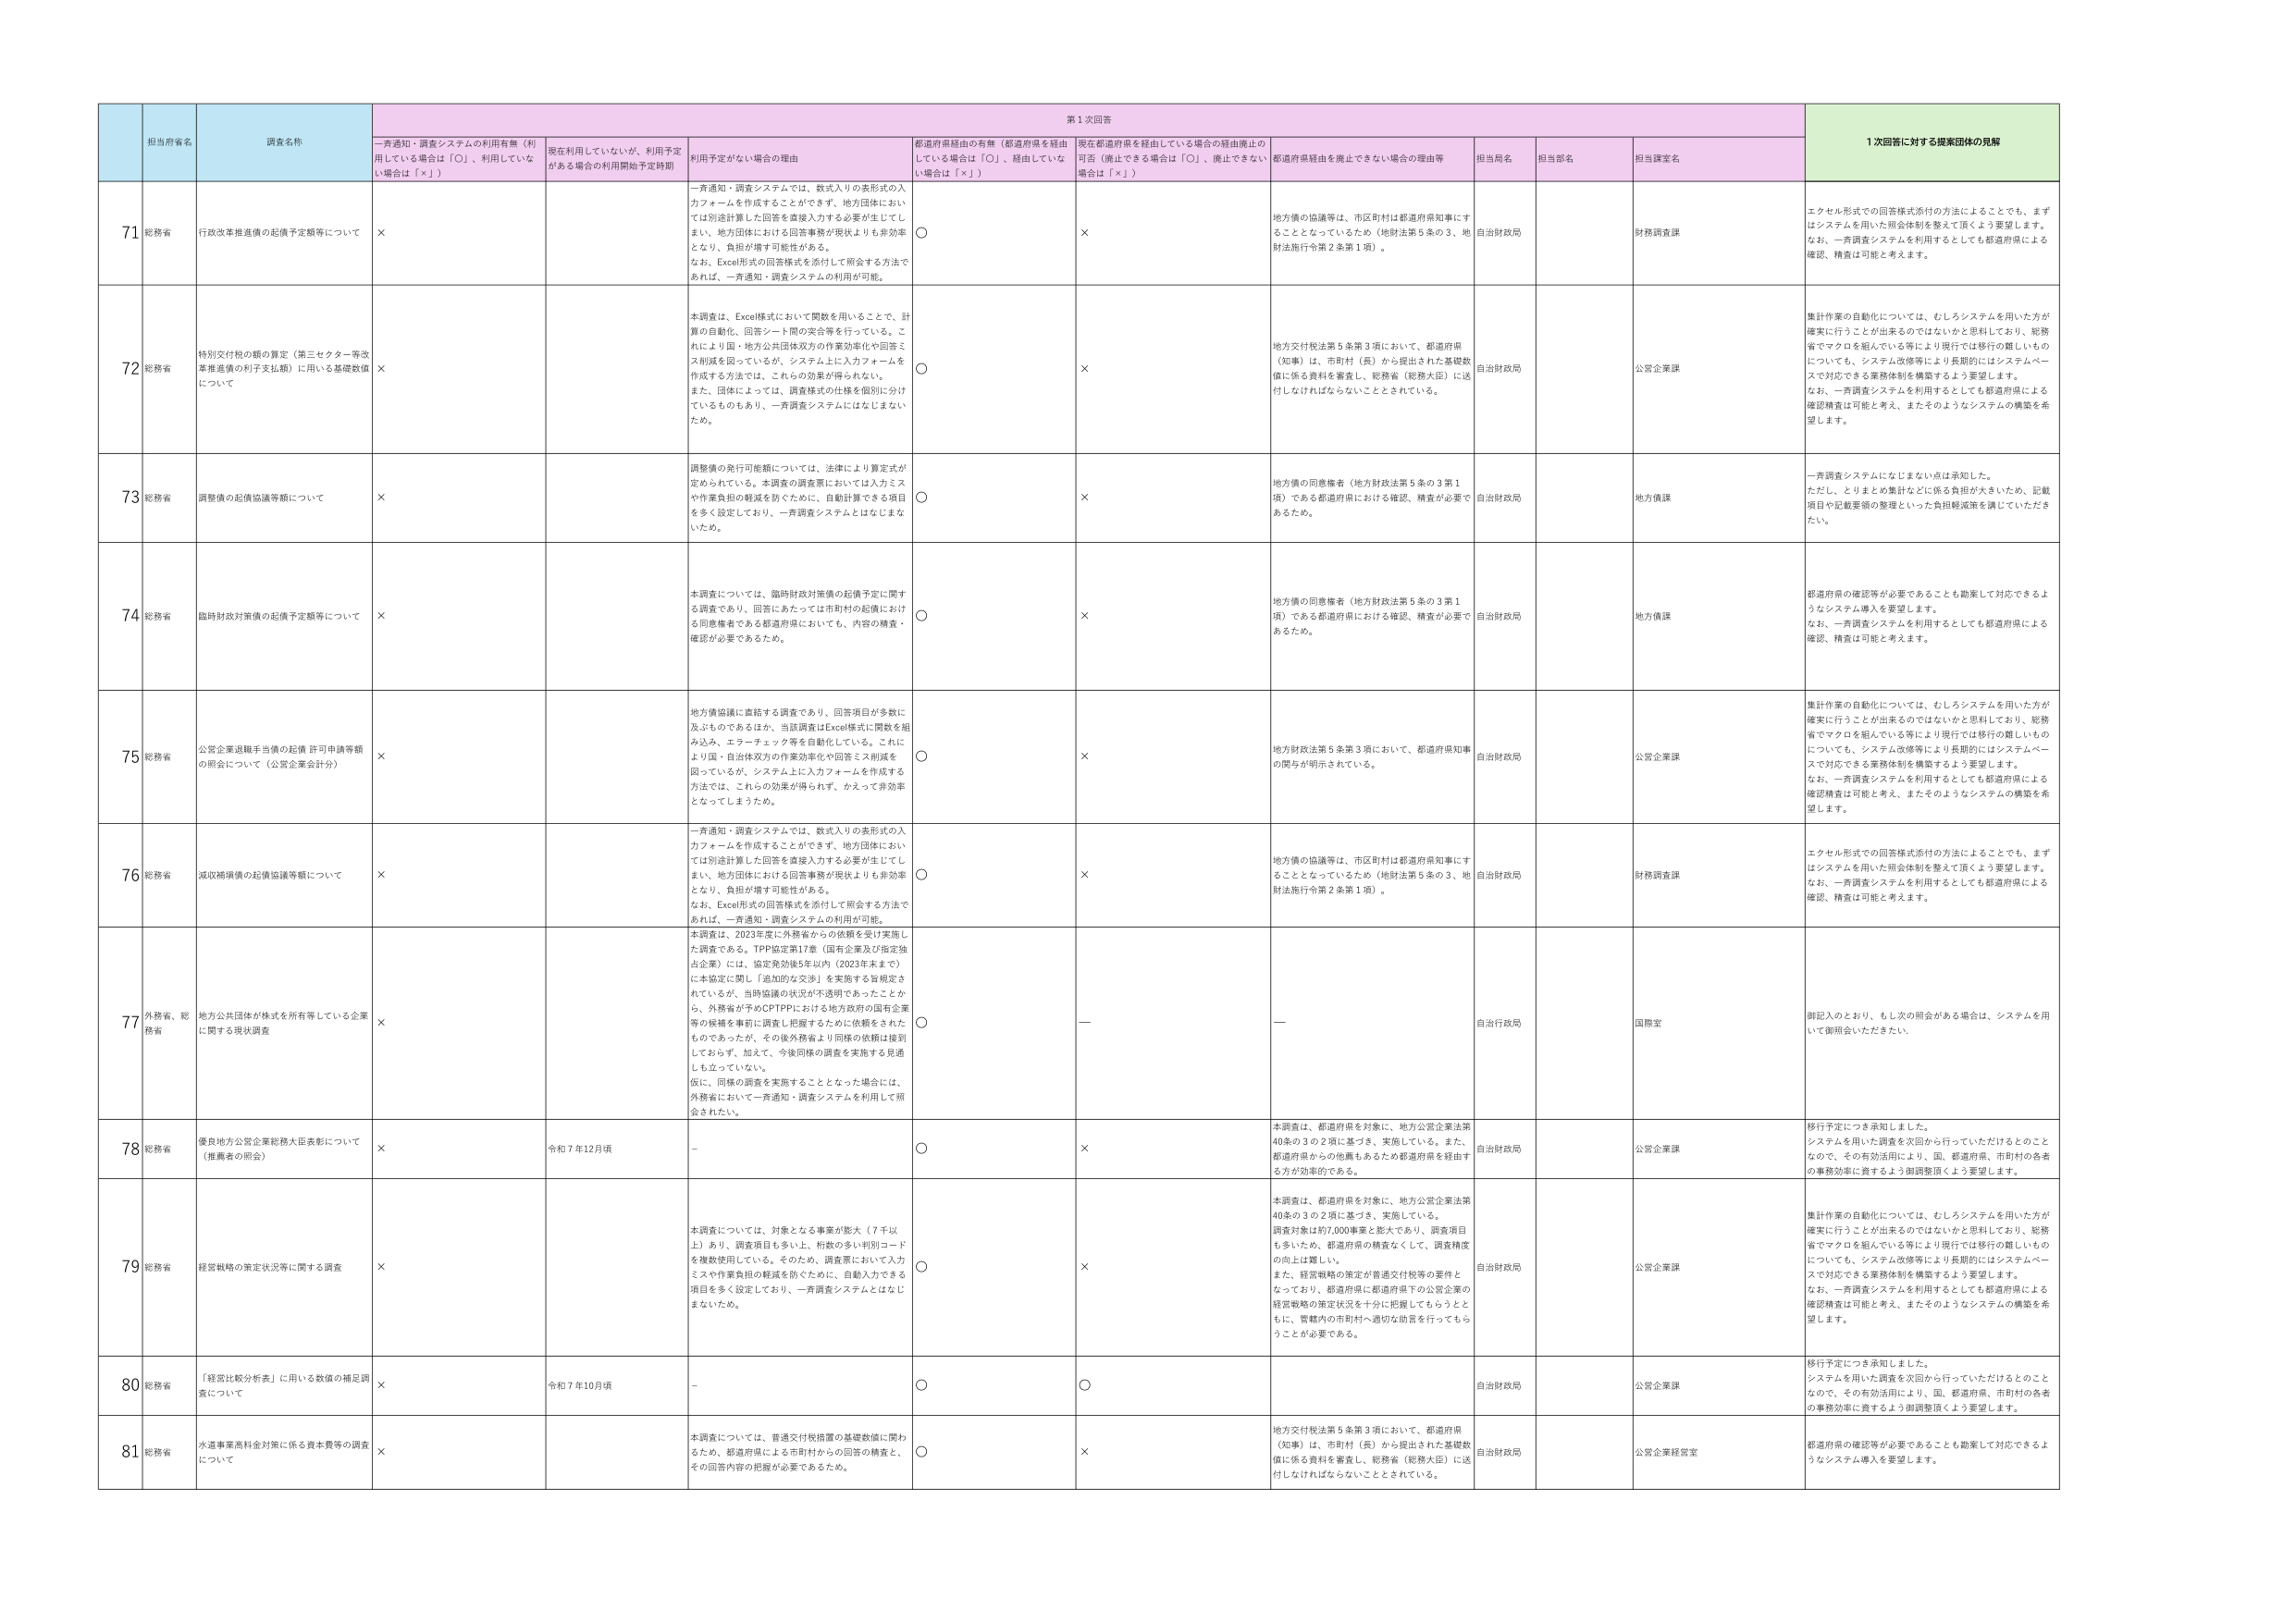
第1次回答
1次回答に対する提案団体の見解

担当府省名
調査名称
一斉通知・調査システムの利用有無（利用している場合は「○」、利用していない場合は「×」）
現在利用していないが、利用予定がある場合の利用開始予定時期
利用予定がない場合の理由
都道府県経由の有無（都道府県を経由している場合は「○」、経由していない場合は「×」）
現在都道府県を経由している場合の経由廃止の可否（廃止できる場合は「○」、廃止できない場合は「×」）
都道府県経由を廃止できない場合の理由等
担当局名
担当部名
担当課室名

71
総務省
行政改革推進債の起債予定額等について
×
一斉通知・調査システムでは、数式入りの表形式の入力フォームを作成することができず、地方団体においては別途計算した回答を直接入力する必要が生じてしまい、地方団体における回答事務が現状よりも非効率となり、負担が増す可能性がある。
なお、Excel形式の回答様式を添付して照会する方法であれば、一斉通知・調査システムの利用が可能。
○
×
地方債の協議等は、市区町村は都道府県知事にすることとなっているため（地財法第5条の3、地財法施行令第2条第1項）。
自治財政局
財務調査課
エクセル形式での回答様式添付の方法によることでも、まずはシステムを用いた照会体制を整えて頂くよう要望します。
なお、一斉調査システムを利用するとしても都道府県による確認、精査は可能と考えます。

72
総務省
特別交付税の額の算定（第三セクター等改革推進債の利子支払額）に用いる基礎数値について
×
本調査は、Excel様式において関数を用いることで、計算の自動化、回答シート間の突合等を行っている。これにより国・地方公共団体双方の作業効率化や回答ミス削減を図っているが、システム上に入力フォームを作成する方法では、これらの効果が得られない。
また、団体によっては、調査様式の仕様を個別に分けているものもあり、一斉調査システムにはなじまないため。
○
×
地方交付税法第5条第3項において、都道府県（知事）は、市町村（長）から提出された基礎数値に係る資料を審査し、総務省（総務大臣）に送付しなければならないこととされている。
自治財政局
公営企業課
集計作業の自動化については、むしろシステムを用いた方が確実に行うことが出来るのではないかと見解しており、総務省でマクロを組んでいる等により現行では移行の難しいものについても、システム改修等により長期的にはシステムベースで対応できる業務体制を構築するよう要望します。
なお、一斉調査システムを利用するとしても都道府県による確認精査は可能と考え、またそのようなシステムの構築を希望します。

73
総務省
調整債の起債協議等額について
×
調整債の発行可能額については、法律により算定式が定められている。本調査の調査票においては入力ミスや作業負担の軽減を防ぐために、自動計算できる項目を多く設定しており、一斉調査システムとはなじまないため。
○
×
地方債の同意権者（地方財政法第5条の3第1項）である都道府県における確認、精査が必要であるため。
自治財政局
地方債課
一斉調査システムになじまない点は承知した。
ただし、とりまとめ集計などに係る負担が大きいため、記載項目や記載要領の整理といった負担軽減策を講じていただきたい。

74
総務省
臨時財政対策債の起債予定額等について
×
本調査については、臨時財政対策債の起債予定に関する調査であり、回答にあたっては市町村の起債における同意権者である都道府県においても、内容の精査・確認が必要であるため。
○
×
地方債の同意権者（地方財政法第5条の3第1項）である都道府県における確認、精査が必要であるため。
自治財政局
地方債課
都道府県の確認等が必要であることも勘案して対応できるようなシステム導入を要望します。
なお、一斉調査システムを利用するとしても都道府県による確認、精査は可能と考えます。

75
総務省
公営企業退職手当債の起債許可申請等額の照会について（公営企業会計分）
×
地方債協議に直結する調査であり、回答項目が多数に及ぶものであるほか、当該調査はExcel様式に関数を組み込み、エラーチェック等を自動化している。これにより国・自治体双方の作業効率化や回答ミス削減を図っているが、システム上に入力フォームを作成する方法では、これらの効果が得られず、かえって非効率となってしまうため。
○
×
地方財政法第5条第3項において、都道府県知事の関与が明示されている。
自治財政局
公営企業課
集計作業の自動化については、むしろシステムを用いた方が確実に行うことが出来るのではないかと見解しており、総務省でマクロを組んでいる等により現行では移行の難しいものについても、システム改修等により長期的にはシステムベースで対応できる業務体制を構築するよう要望します。
なお、一斉調査システムを利用するとしても都道府県による確認精査は可能と考え、またそのようなシステムの構築を希望します。

76
総務省
減収補填債の起債協議等額について
×
一斉通知・調査システムでは、数式入りの表形式の入力フォームを作成することができず、地方団体においては別途計算した回答を直接入力する必要が生じてしまい、地方団体における回答事務が現状よりも非効率となり、負担が増す可能性がある。
なお、Excel形式の回答様式を添付して照会する方法であれば、一斉通知・調査システムの利用が可能。
○
×
地方債の協議等は、市区町村は都道府県知事にすることとなっているため（地財法第5条の3、地財法施行令第2条第1項）。
自治財政局
財務調査課
エクセル形式での回答様式添付の方法によることでも、まずはシステムを用いた照会体制を整えて頂くよう要望します。
なお、一斉調査システムを利用するとしても都道府県による確認、精査は可能と考えます。

77
外務省、総務省
地方公共団体が株式を所有等している企業に関する現状調査
×
本調査は、2023年度に外務省からの依頼を受け実施した調査である。TPP協定第17章（国有企業及び指定独占企業）には、協定発効後5年以内（2023年末まで）に本協定に関し「追加的な交渉」を実施する旨規定されているが、当時協議の状況が不透明であったことから、外務省が予めCPTPPにおける地方政府の国有企業等の候補を事前に調査し把握するために依頼をされたものであったが、その後外務省より同様の依頼は接到しておらず、加えて、今後同様の調査を実施する見通しも立っていない。
仮に、同様の調査を実施することとなった場合には、外務省において一斉通知・調査システムを利用して照会されたい。
○
—
—
自治行政局
国際室
御記入のとおり、もし次の照会がある場合は、システムを用いて御照会いただきたい。

78
総務省
優良地方公営企業総務大臣表彰について（推薦者の照会）
×
令和7年12月頃
—
○
×
本調査は、都道府県を対象に、地方公営企業法第40条の3の2項に基づき、実施している。また、都道府県からの他県もあるため都道府県を経由する方が効率的である。
自治財政局
公営企業課
移行予定につき承知しました。
システムを用いた調査を次回から行っていただけるとのことなので、その有効活用により、国、都道府県、市町村の各者の事務効率に資するよう御調整頂くよう要望します。

79
総務省
経営戦略の策定状況等に関する調査
×
本調査については、対象となる事業が膨大（7千以上）あり、調査項目も多い上、桁数の多い判別コードを複数使用している。そのため、調査票において入力ミスや作業負担の軽減を防ぐために、自動入力できる項目を多く設定しており、一斉調査システムとはなじまないため。
○
×
本調査は、都道府県を対象に、地方公営企業法第40条の3の2項に基づき、実施している。
調査対象は約7,000事業と膨大であり、調査項目も多いため、都道府県の精査なくして、調査精度の向上は難しい。
また、経営戦略の策定が普通交付税等の要件となっており、都道府県に都道府県下の公営企業の経営戦略の策定状況を十分に把握してもらうとともに、管轄内の市町村へ適切な助言を行ってもらうことが必要である。
自治財政局
公営企業課
集計作業の自動化については、むしろシステムを用いた方が確実に行うことが出来るのではないかと見解しており、総務省でマクロを組んでいる等により現行では移行の難しいものについても、システム改修等により長期的にはシステムベースで対応できる業務体制を構築するよう要望します。
なお、一斉調査システムを利用するとしても都道府県による確認精査は可能と考え、またそのようなシステムの構築を希望します。

80
総務省
「経営比較分析表」に用いる数値の補足調査について
×
令和7年10月頃
—
○
○
自治財政局
公営企業課
移行予定につき承知しました。
システムを用いた調査を次回から行っていただけるとのことなので、その有効活用により、国、都道府県、市町村の各者の事務効率に資するよう御調整頂くよう要望します。

81
総務省
水道事業高料金対策に係る資本費等の調査について
×
本調査については、普通交付税措置の基礎数値に関わるため、都道府県による市町村からの回答の精査と、その回答内容の把握が必要であるため。
○
×
地方交付税法第5条第3項において、都道府県（知事）は、市町村（長）から提出された基礎数値に係る資料を審査し、総務省（総務大臣）に送付しなければならないこととされている。
自治財政局
公営企業経営室
都道府県の確認等が必要であることも勘案して対応できるようなシステム導入を要望します。